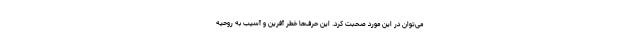
می‌توان در این مورد صحبت کرد. این‌ حرف‌ها خطر آفرین و آسیب به روحیه